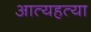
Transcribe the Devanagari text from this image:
आत्यहत्या